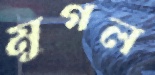
মুগল